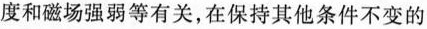
度和磁场强弱等有关，在保持其他条件不变的